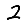
Digit: 2